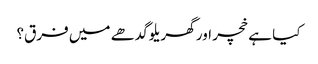
کیا ہے خچر اور گھریلو گدھے میں فرق؟